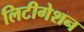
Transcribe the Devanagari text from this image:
लिटीगेशन